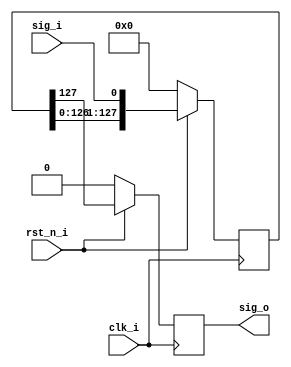
module delay_3
#(
    parameter DELAY = 128
)
(
    input       clk_i,
    input       rst_n_i,
    input       sig_i,
    output reg  sig_o
);
reg [DELAY-1:0] shift_reg;
always @(posedge clk_i)
begin
    if(rst_n_i == 0)
    begin
        shift_reg   <= 0;
        sig_o       <= 0;
    end
    else
    begin
        shift_reg   <= {shift_reg[DELAY-2:0], sig_i};
        sig_o       <= shift_reg[DELAY-1];
    end
end
endmodule